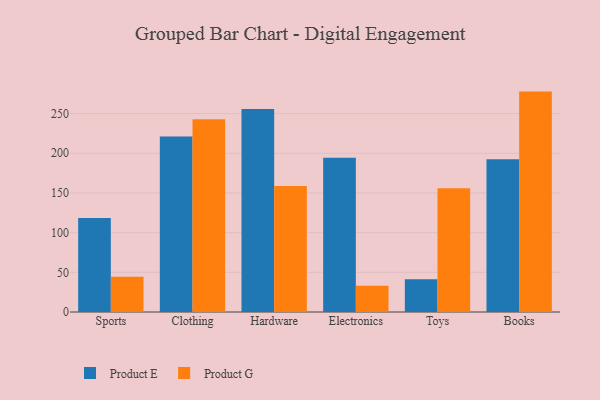
{"axis": {"x": "Category", "y": "Energy Usage (MWh)"}, "legend": ["Product E", "Product G"], "data": [{"x": "Sports", "y": 118.5, "type": "Product E"}, {"x": "Sports", "y": 44.5, "type": "Product G"}, {"x": "Clothing", "y": 221.1, "type": "Product E"}, {"x": "Clothing", "y": 242.8, "type": "Product G"}, {"x": "Hardware", "y": 255.7, "type": "Product E"}, {"x": "Hardware", "y": 158.7, "type": "Product G"}, {"x": "Electronics", "y": 194.3, "type": "Product E"}, {"x": "Electronics", "y": 33.1, "type": "Product G"}, {"x": "Toys", "y": 41.4, "type": "Product E"}, {"x": "Toys", "y": 156.0, "type": "Product G"}, {"x": "Books", "y": 192.6, "type": "Product E"}, {"x": "Books", "y": 277.7, "type": "Product G"}]}